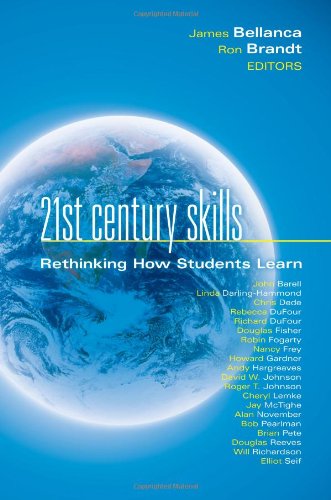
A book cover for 21st Century Skills: Rethinking How Students Learn (Leading Edge); James Bellanca; Education & Teaching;